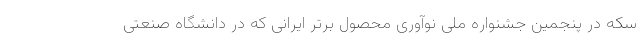
سکه در پنجمین جشنواره ملی نوآوری محصول برتر ایرانی که در دانشگاه صنعتی